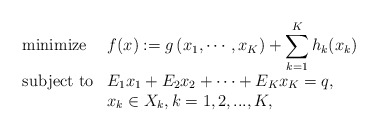
\begin{align*}\begin{array}{ll}\mbox{minimize} & \displaystyle f(x):=g\left(x_1,\cdots, x_K\right)+\sum_{k=1}^{K}h_k(x_k)\\ [10pt]\mbox{subject to} & \displaystyle E_1x_1+E_2x_2+\cdots+E_Kx_K=q,\\& x_k\in X_k,k=1,2,...,K,\end{array}\end{align*}